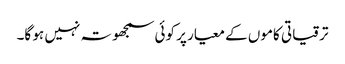
ترقیاتی کاموں کے معیار پر کوئی سمجھوتہ نہیں ہو گا۔